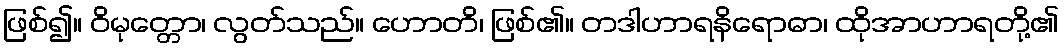
ဖြစ်၍။ ဝိမုတ္တော၊ လွတ်သည်။ ဟောတိ၊ ဖြစ်၏။ တဒါဟာရနိရောဓာ၊ ထိုအာဟာရတို့၏